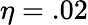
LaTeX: \eta=.02